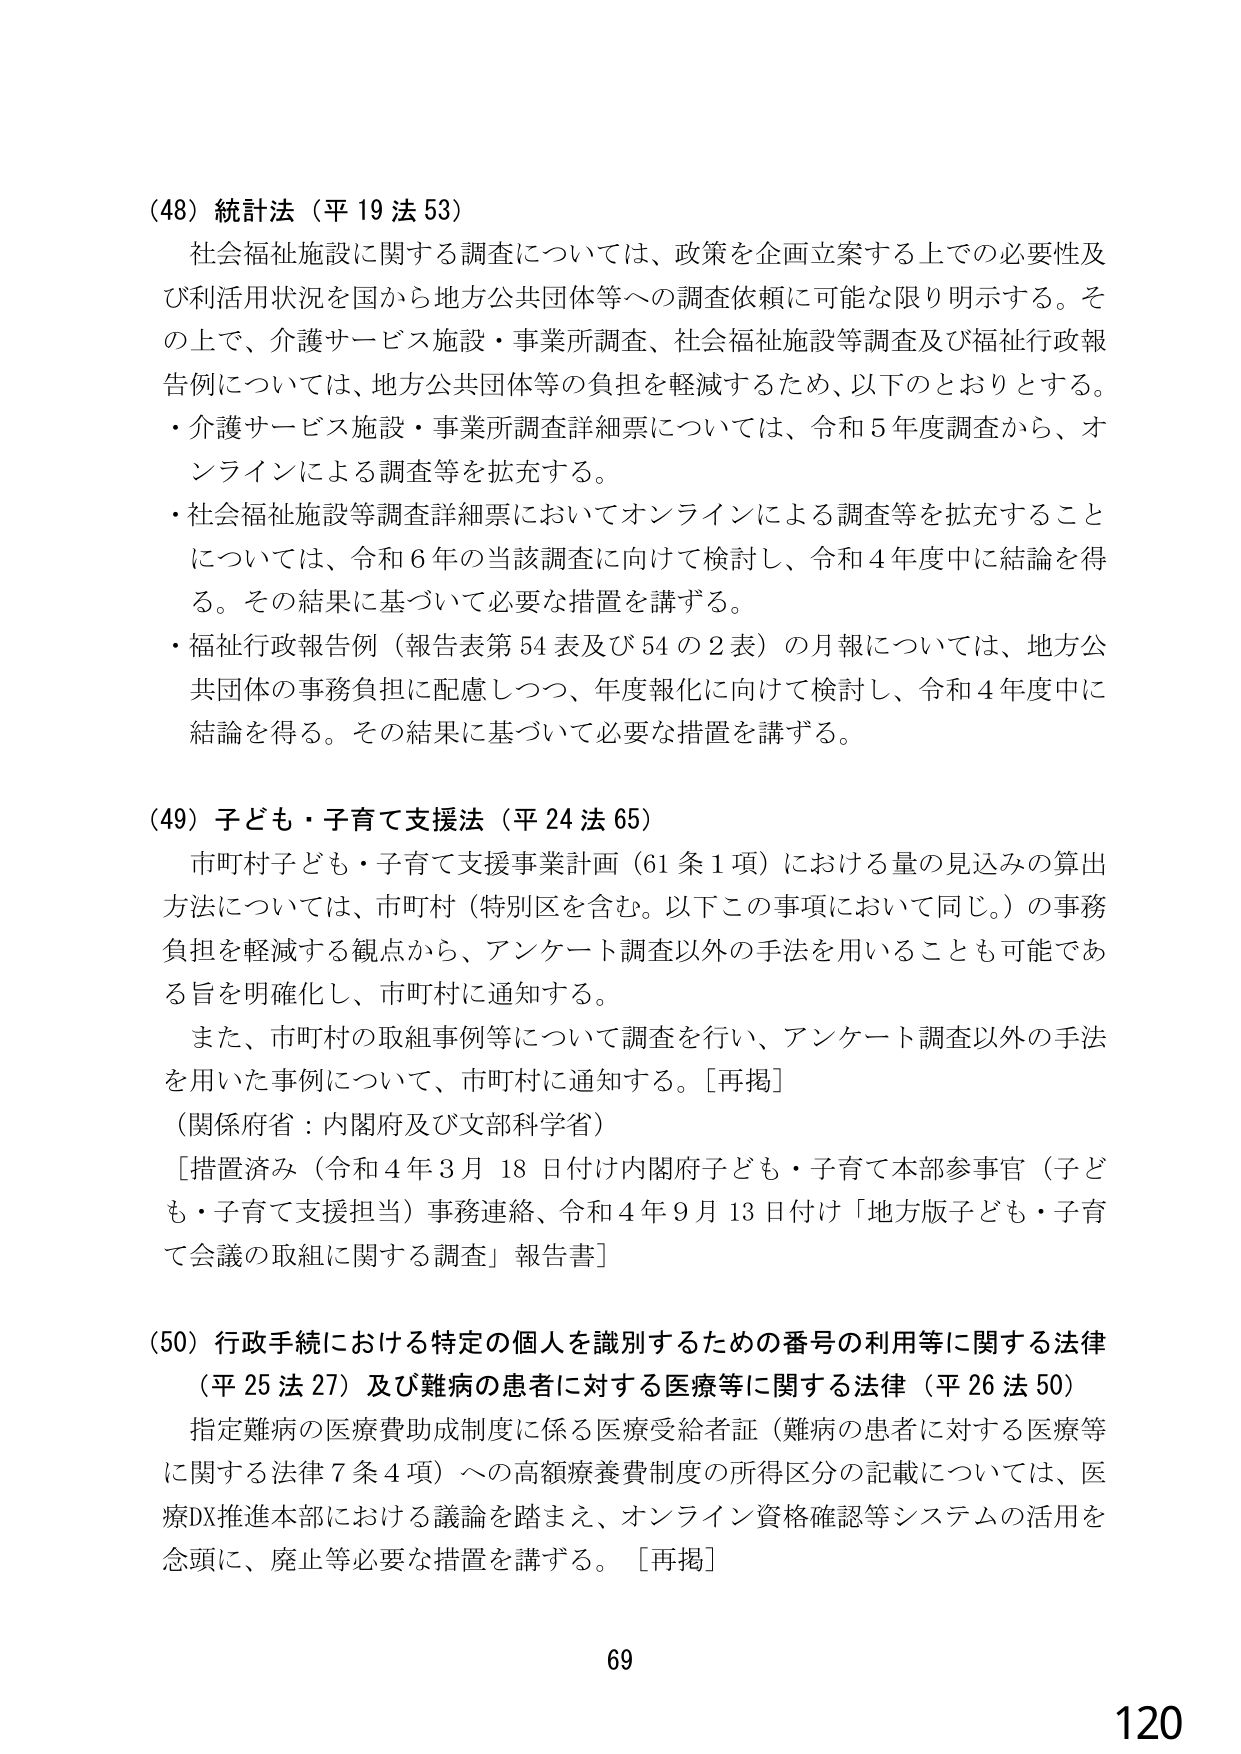
(48) 統計法（平19法53）
社会福祉施設に関する調査については、政策を企画立案する上での必要性及び利活用状況を国から地方公共団体等への調査依頼に可能な限り明示する。その上で、介護サービス施設・事業所調査、社会福祉施設等調査及び福祉行政報告例については、地方公共団体等の負担を軽減するため、以下のとおりとする。
・介護サービス施設・事業所調査詳細票については、令和5年度調査から、オンラインによる調査等を拡充する。
・社会福祉施設等調査詳細票においてオンラインによる調査等を拡充することについては、令和6年の当該調査に向けて検討し、令和4年度中に結論を得る。その結果に基づいて必要な措置を講ずる。
・福祉行政報告例（報告表第54表及び54の2表）の月報については、地方公共団体の事務負担に配慮しつつ、年度報化に向けて検討し、令和4年度中に結論を得る。その結果に基づいて必要な措置を講ずる。

(49) 子ども・子育て支援法（平24法65）
市町村子ども・子育て支援事業計画（61条1項）における量の見込みの算出方法については、市町村（特別区を含む。以下この事項において同じ。）の事務負担を軽減する観点から、アンケート調査以外の手法を用いることも可能である旨を明確化し、市町村に通知する。
また、市町村の取組事例等について調査を行い、アンケート調査以外の手法を用いた事例について、市町村に通知する。［再掲］
（関係府省：内閣府及び文部科学省）
［措置済み（令和4年3月18日付け内閣府子ども・子育て本部参事官（子ども・子育て支援担当）事務連絡、令和4年9月13日付け「地方版子ども・子育て会議の取組に関する調査」報告書］

(50) 行政手続における特定の個人を識別するための番号の利用等に関する法律（平25法27）及び難病の患者に対する医療等に関する法律（平26法50）
指定難病の医療費助成制度に係る医療受給者証（難病の患者に対する医療等に関する法律7条4項）への高額療養費制度の所得区分の記載については、医療DX推進本部における議論を踏まえ、オンライン資格確認等システムの活用を念頭に、廃止等必要な措置を講ずる。［再掲］

69
120